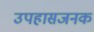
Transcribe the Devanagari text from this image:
उपहासजनक